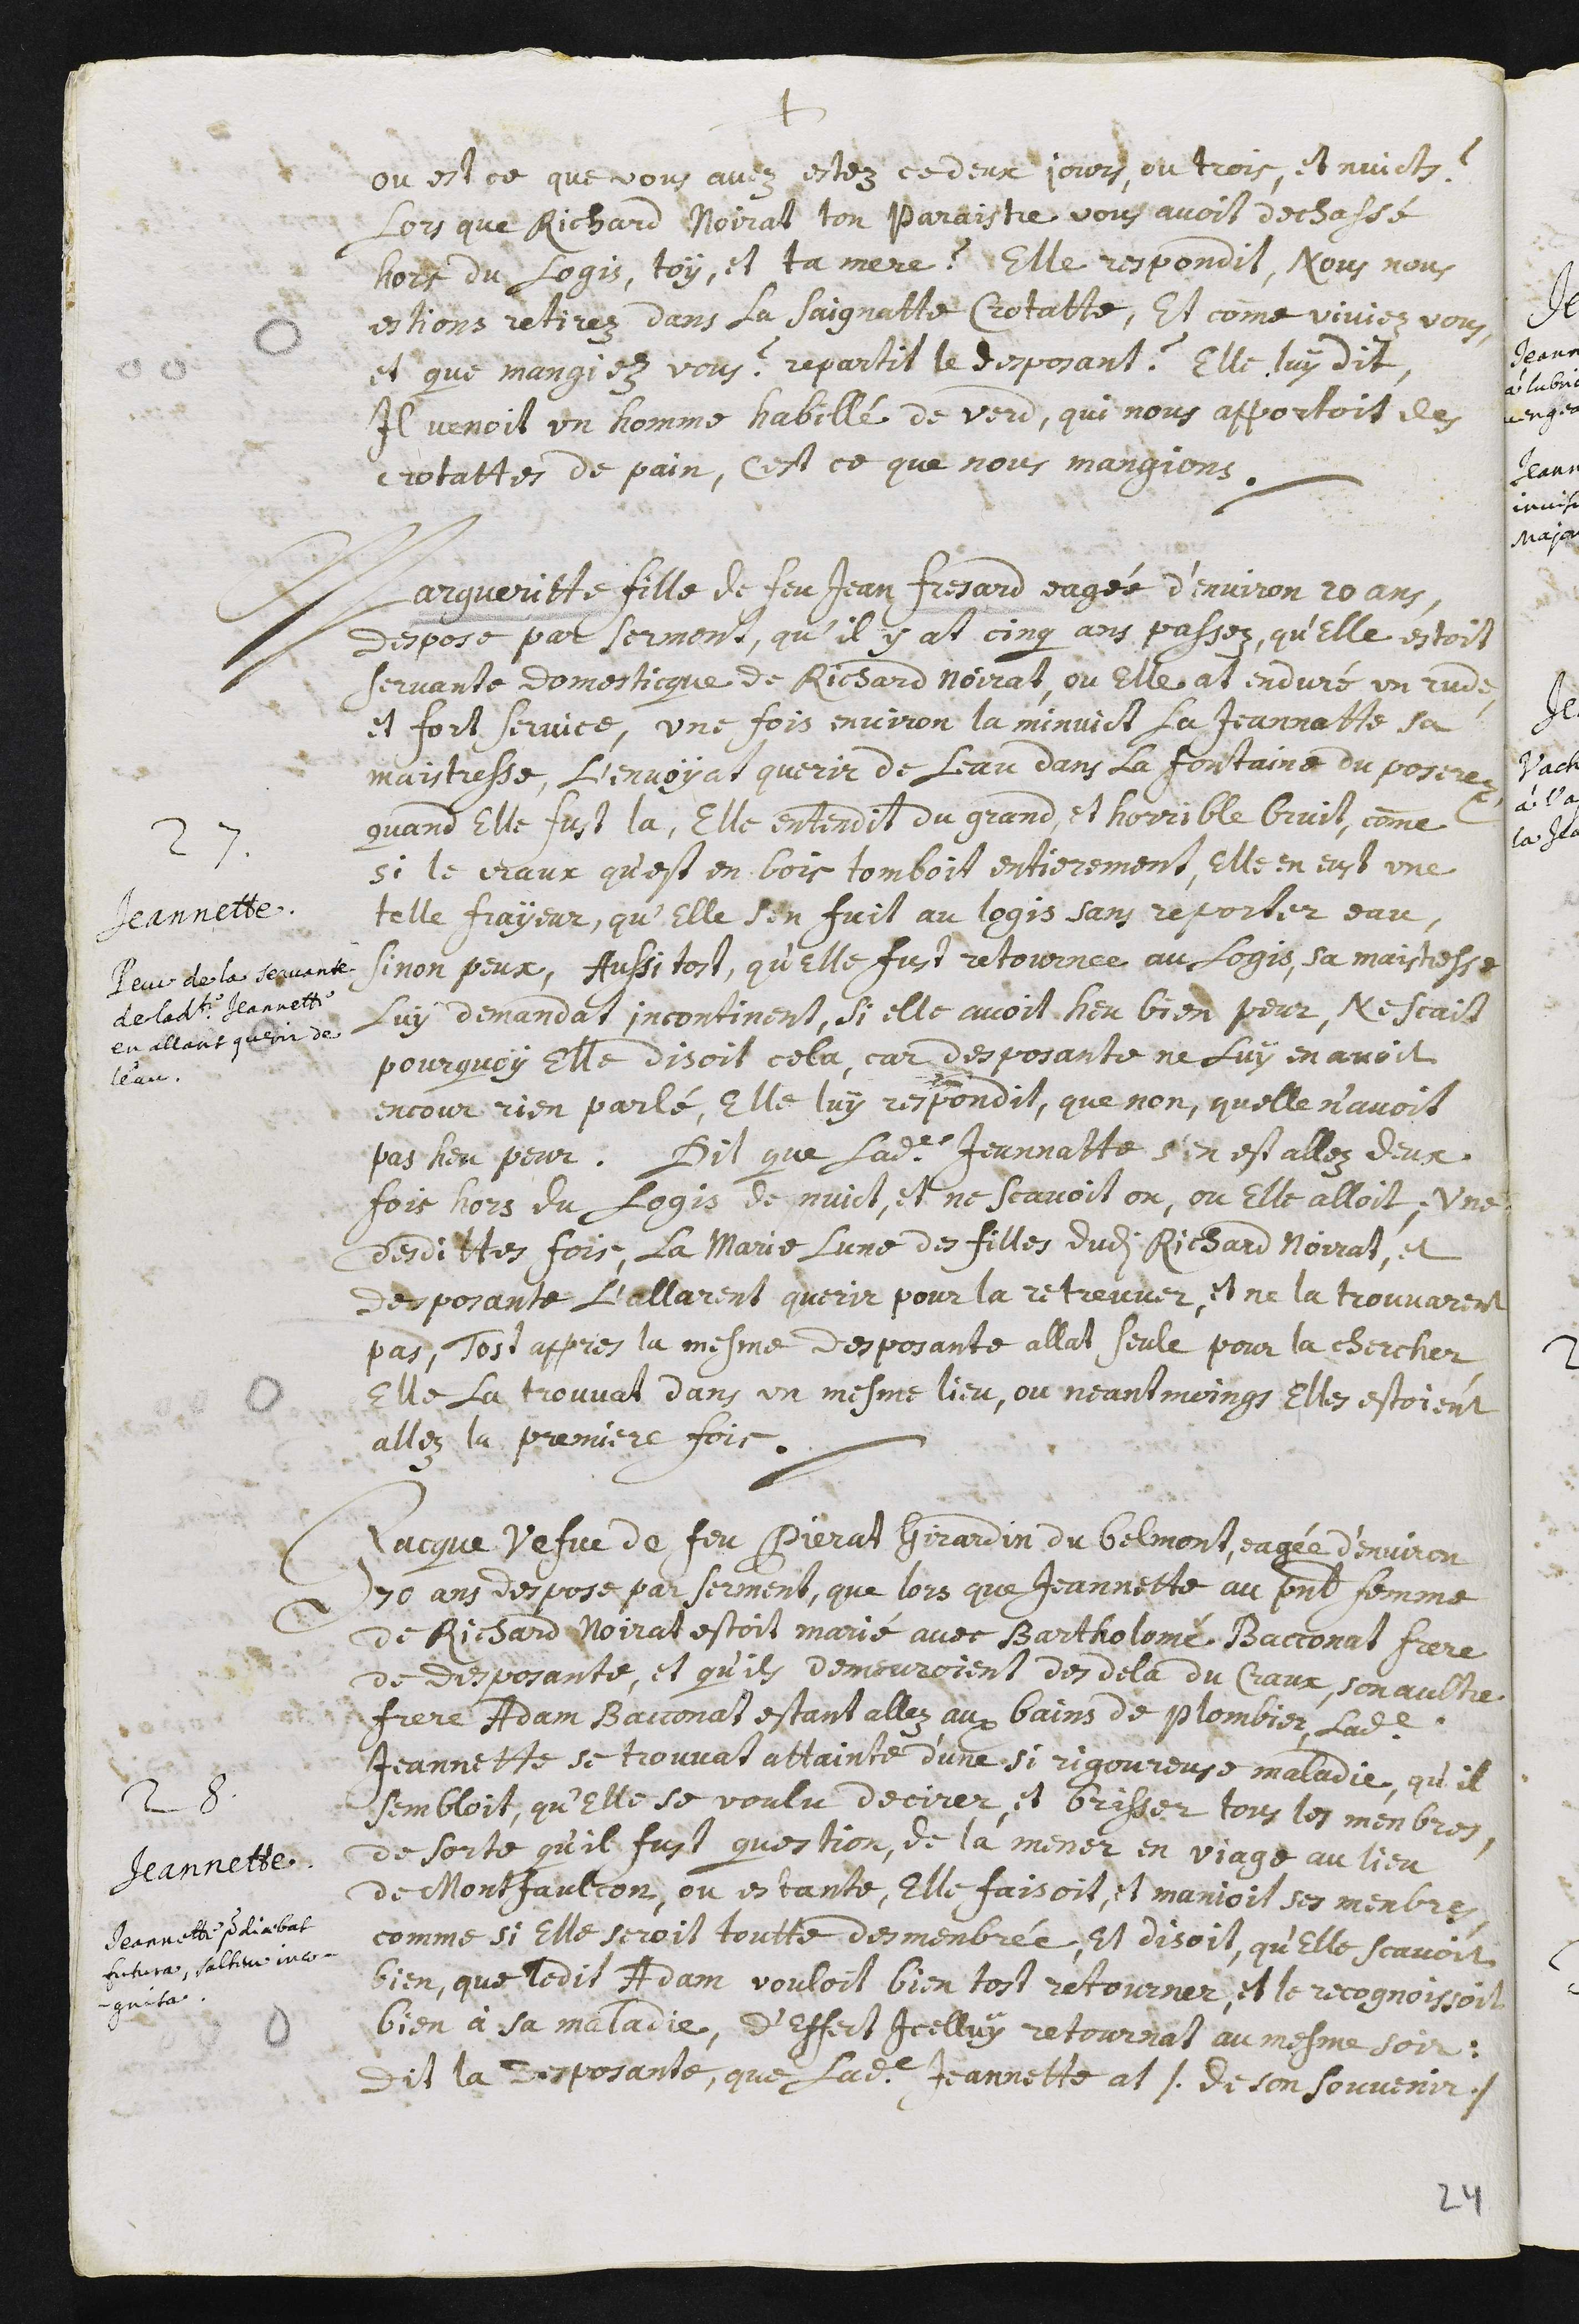
+
ou est ce que vous avez estez ce deux jours, ou trois, et nuicts ?
lors que Richard Noirat ton paraistre vous avoit dechassé
hors du logis, toy, et ta mere ? Elle respondit, Nous nous
estions retirez dans la Saignatte Crotatte, Et comme viviez vous,
et que mangiez vous ? repartit le desposant ? Elle luy dit,
Il venoit un homme habillé de verd, qui nous apportoit des
crottattes de pain, c’est ce que nous mangions.
Jeannette.
Peur de la servante
de ladite Jeannette
en allant querir de
l’eau.
Margueritte fille de feu Jean Fresard eagé d’environ 20 ans,
despose par serment, qu’il y at cinq ans passez, qu’elle estoit
servante domesticque de Richard Noirat, ou elle at enduré un rude,
et fort service. Une fois environ la minuict la Jeannatte sa
maistresse, l’envoyat querir de l’eau dans la fonatine du poserez
quand elle fust la, elle entendit du grand, et horrible bruit, com(m)e
si le craux qu’est en bois tomboit entierement. Elle en eust une
telle frayeur, qu’elle s’en fuit au logis sans reporter eau,
sinon peux, aussi tost, qu’elle fust retournée au logis, sa maistresse
luy demandat incontinent, si elle avoit heu bien peur. Ne scait
pourquoy elle disoit cela, car desposante ne luy en avoit
encour rien parlé. Elle luy respondit, que non, qu’elle n’avoit
pas heu peur. Dit que ladite Jeannatte s’en est allez deux
fois hors du logis de nuict, et ne scavoit on, ou elle alloit. Une
desdittes fois, la Marie, l’une des filles dudit Richard Noirat, et
desposante l’allarent querir pour la retrouver, et ne la trouvarent
pas. Tost appres la mesme desposante allat seule pour la chercher,
elle la trouvat dans un mesme lieu, ou neantmoings elles estoient
allez la premiere fois.
Jeannette.
Jeannette ??diaebat
futura, saltem inco-
gnita.
Jacques vefue de feu Pierat Girardin du Belmont, eagé d’environ
70 ans despose par serment, que lors que Jeannette, au présent femme
de Richard Noirat, estoit marié avec Bartholomé Bacconat frere
de desposante, et qu’ils demeuroient dos de la du Craux, son aultre
frere Adam Bacconat estant allez aux bains de plombier, ladite
Jeannette se trouvat attainte d’une si rigoureuse maladie, qu’il
sembloit, qu’elle se voulu decirer, et brisser tous les menbres.
De sorte qu’il fust question, de la mener en viage au lieu
de Montfaulcon, ou estante, elle faisoit, et manioit ses menbres,
comme si elle seroit toutte desmenbrée, et disoit, qu’elle scavoit
bien, que ledit Adam vouloit bien tost retourner, et le recognoissoit
bien à sa maladie, d’effect icelluy retournat au mesme soir.
dit la desposante, que ladite Jeannette at /. de son souvenir./